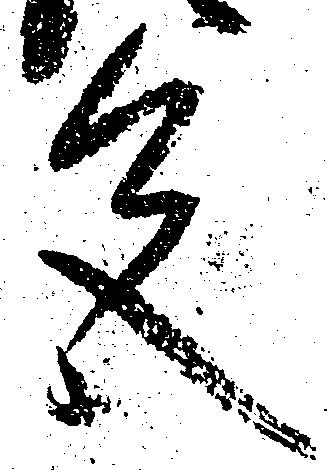
色